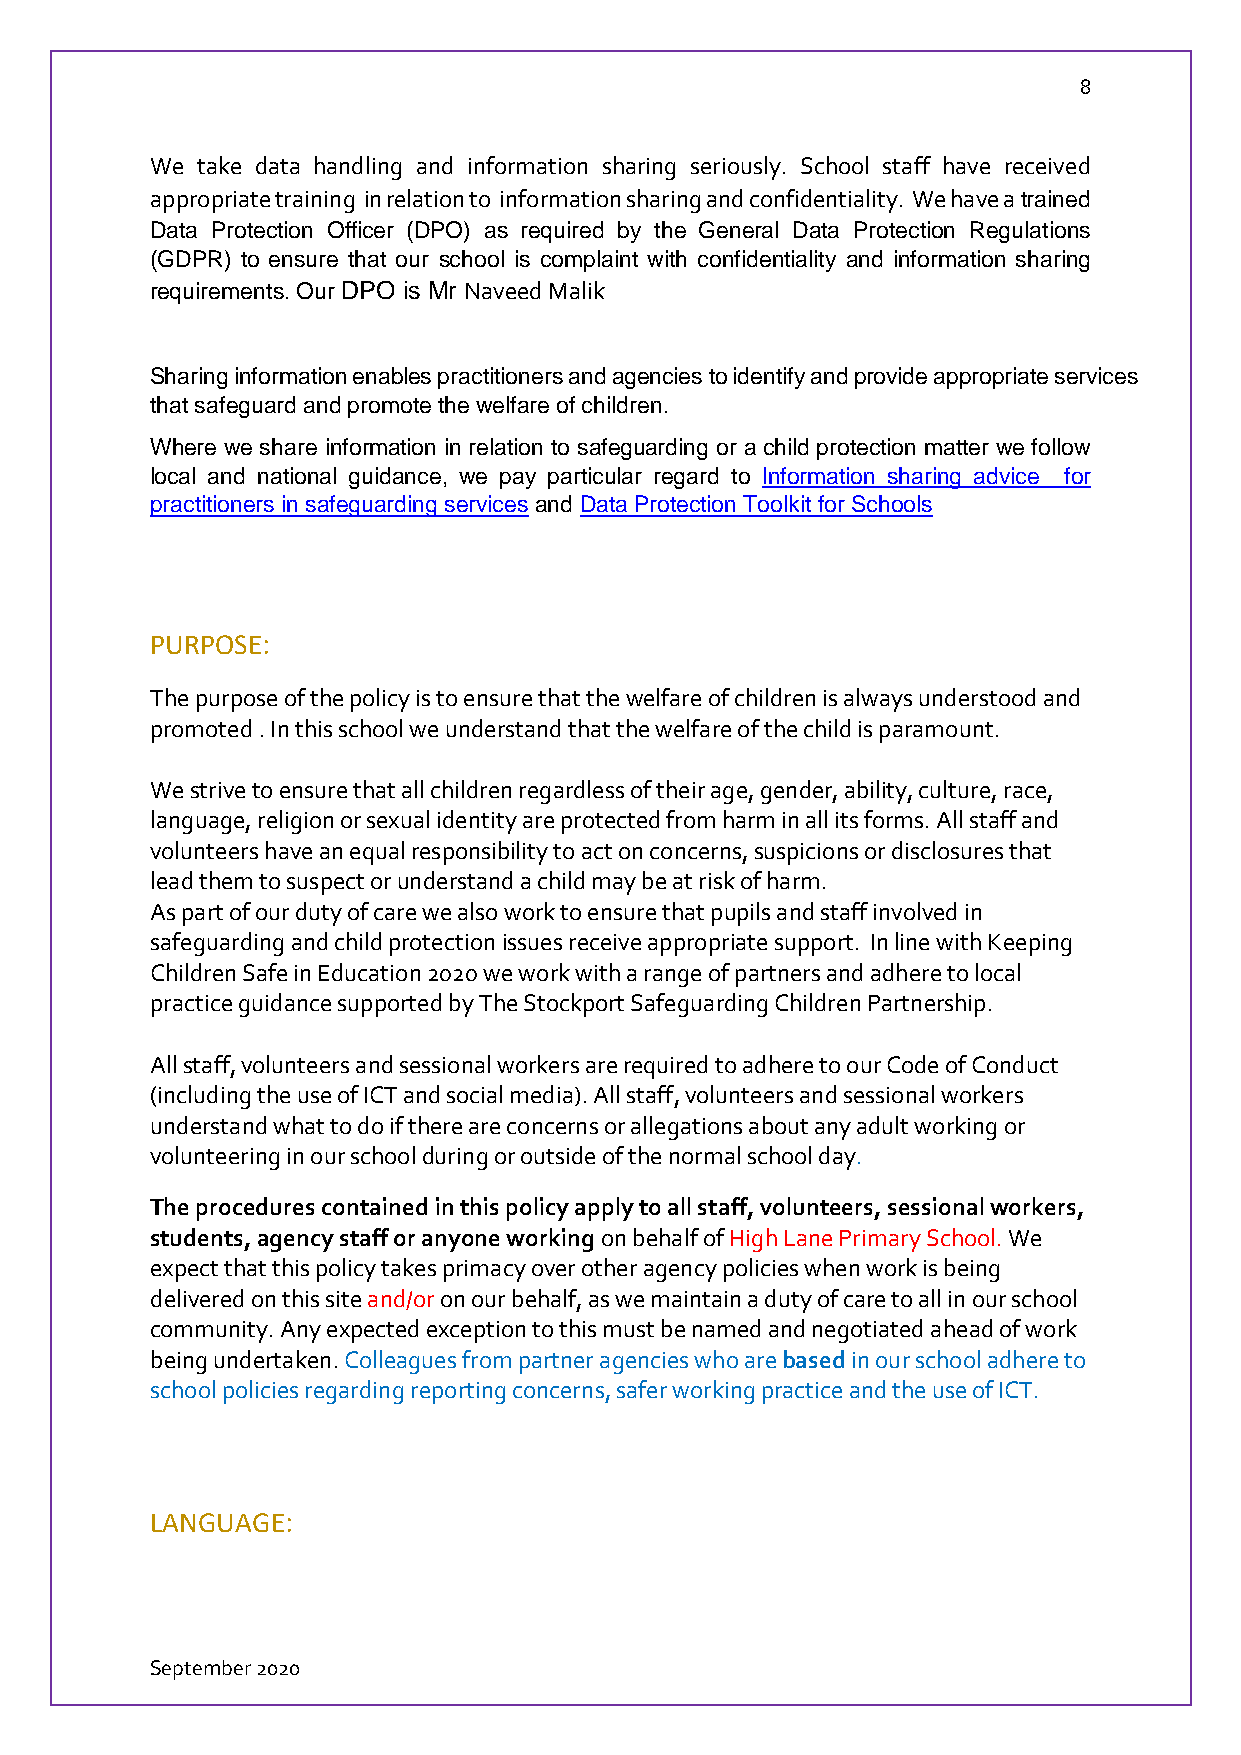
8
 We take data handling and information sharing seriously. School staff have received
 appropriate training in relation to information sharing and confidentiality. We have a trained
 Data Protection Officer (DPO) as required by the General Data Protection Regulations
 (GDPR) to ensure that our school is complaint with confidentiality and information sharing
 requirements. Our DPO is Mr Naveed Malik
 Sharing information enables practitioners and agencies to identify and provide appropriate services
 that safeguard and promote the welfare of children.
 Where we share information in relation to safeguarding or a child protection matter we follow
 local and national guidance, we pay particular regard to Information sharing advice_ for
 practitioners in safeguarding services and Data Protection Toolkit for Schools
 PURPOSE:
 The purpose of the policy is to ensure that the welfare of children is always understood and
 promoted . In this school we understand that the welfare of the child is paramount.
 We strive to ensure that all children regardless of their age, gender, ability, culture, race,
 language, religion or sexual identity are protected from harm in all its forms. All staff and
 volunteers have an equal responsibility to act on concerns, suspicions or disclosures that
 lead them to suspect or understand a child may be at risk of harm.
 As part of our duty of care we also work to ensure that pupils and staff involved in
 safeguarding and child protection issues receive appropriate support. In line with Keeping
 Children Safe in Education 2020 we work with a range of partners and adhere to local
 practice guidance supported by The Stockport Safeguarding Children Partnership.
 All staff, volunteers and sessional workers are required to adhere to our Code of Conduct
 (including the use of ICT and social media). All staff, volunteers and sessional workers
 understand what to do if there are concerns or allegations about any adult working or
 volunteering in our school during or outside of the normal school day.
 The procedures contained in this policy apply to all staff, volunteers, sessional workers,
 students, agency staff or anyone working on behalf of High Lane Primary School. We
 expect that this policy takes primacy over other agency policies when work is being
 delivered on this site and/or on our behalf, as we maintain a duty of care to all in our school
 community. Any expected exception to this must be named and negotiated ahead of work
 being undertaken. Colleagues from partner agencies who are based in our school adhere to
 school policies regarding reporting concerns, safer working practice and the use of ICT.
 LANGUAGE:
 September 2020